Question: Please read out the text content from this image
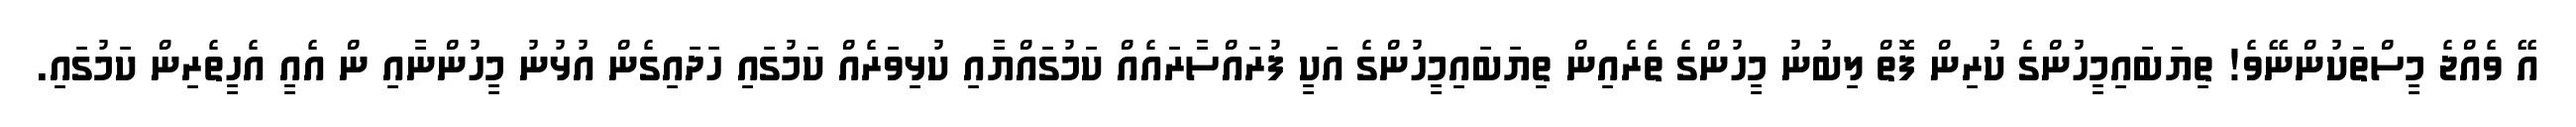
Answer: އޭ ވެއްޖެ މީސްތަކުންނޭވެ! ތިޔަބައިމީހުންގެ ކުރިން ފޮތް ލިބުނު މީހުންގެ ތެރެއިން ތިޔަބައިމީހުންގެ އަކީ ފުރައްސާރައެއް ކަމުގައްޔާއި ކުޅިވަރެއް ކަމުގައި ހަދައިގެން އުޅުނު މީހުންނާއި ން އެއީ އެހީތެރިން ކަމުގައި.